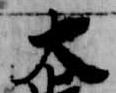
大